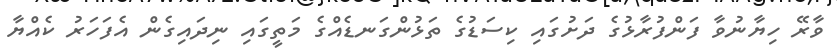
ވާރޭ ހިޔާނުވާ ފަންފުރާޅުގެ ދަށުގައި ކިސަޑުގެ ތަޅުންގަނޑެއްގެ މަތީގައި ނިދައިގެން އެފަހަރު ކެއްޔާ